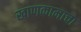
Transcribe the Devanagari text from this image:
खाणकामाचा